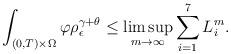
LaTeX: \begin{align*}\int_{(0,T)\times\Omega}\varphi\rho_{\epsilon}^{\gamma+\theta}\leq\limsup_{m\rightarrow\infty}\sum\limits_{i=1}^{7}L_i^m.\end{align*}